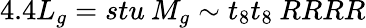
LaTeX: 4.4L_{g}=stu\: M_{g}\sim t_{8}t_{8}\: RRRR